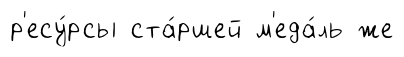
р'есу́рсы ста́ршей м'еда́ль же